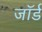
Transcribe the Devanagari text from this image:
जॉर्ड